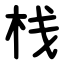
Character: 栈